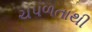
ચપળતાથી